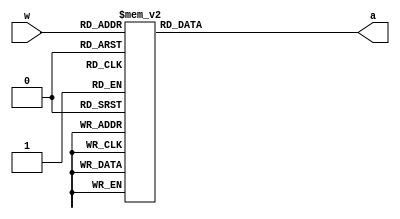
module add3_ge5(w,a); 	//7seg driver
	input [3:0] w; 
	output [3:0] a; 
	reg [3:0] a; 
 
	always @ (w) 
		case (w) 
			4'b0000: a <= 4'b0000; 
			4'b0001: a <= 4'b0001; 
			4'b0010: a <= 4'b0010; 
			4'b0011: a <= 4'b0011; 
			4'b0100: a <= 4'b0100; 
			4'b0101: a <= 4'b1000; 
			4'b0110: a <= 4'b1001; 
			4'b0111: a <= 4'b1010; 
			4'b1000: a <= 4'b1011; 
			4'b1001: a <= 4'b1100;
			4'b1010: a <= 4'b1101;	
			4'b1011: a <= 4'b1110;	
			4'b1100: a <= 4'b1111;	
			default: a <= 4'b0000; // a cannot be 13 or larger, else overflow
		endcase 
endmodule